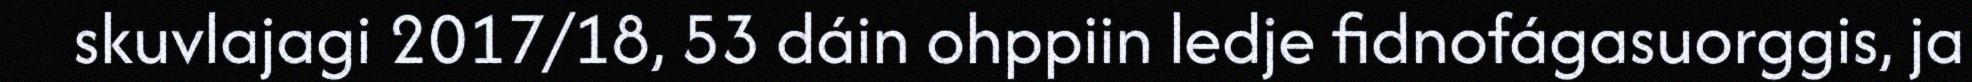
skuvlajagi 2017/18, 53 dáin ohppiin ledje fidnofágasuorggis, ja